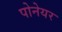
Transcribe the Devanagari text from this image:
पोनेयर